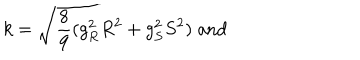
k = \sqrt { \frac { 8 } { 9 } ( g _ { R } ^ { 2 } R ^ { 2 } + g _ { S } ^ { 2 } S ^ { 2 } ) } \; \mathrm { a n d } \;